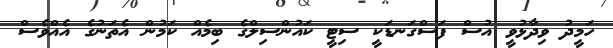
ހަމީދު ވިދާޅުވީ އުސް ފަސްގަނޑަކީ ސިޓީ ކައުންސިލްގެ ބިމެއް ކަމުން އެތަނުގެ އެއްވެސް